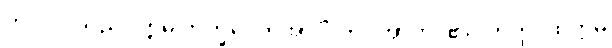
ဘဂဝါ၊ သည်။ ဣဓ ဘိက္ခဝေတိအာဒိံ၊ ကို။ အာဟ၊ ၏။ တတ္ထ၊ ထိုဣဓ